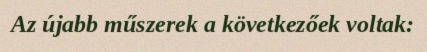
Az újabb műszerek a következőek voltak: